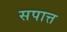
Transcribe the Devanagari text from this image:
सपात्त